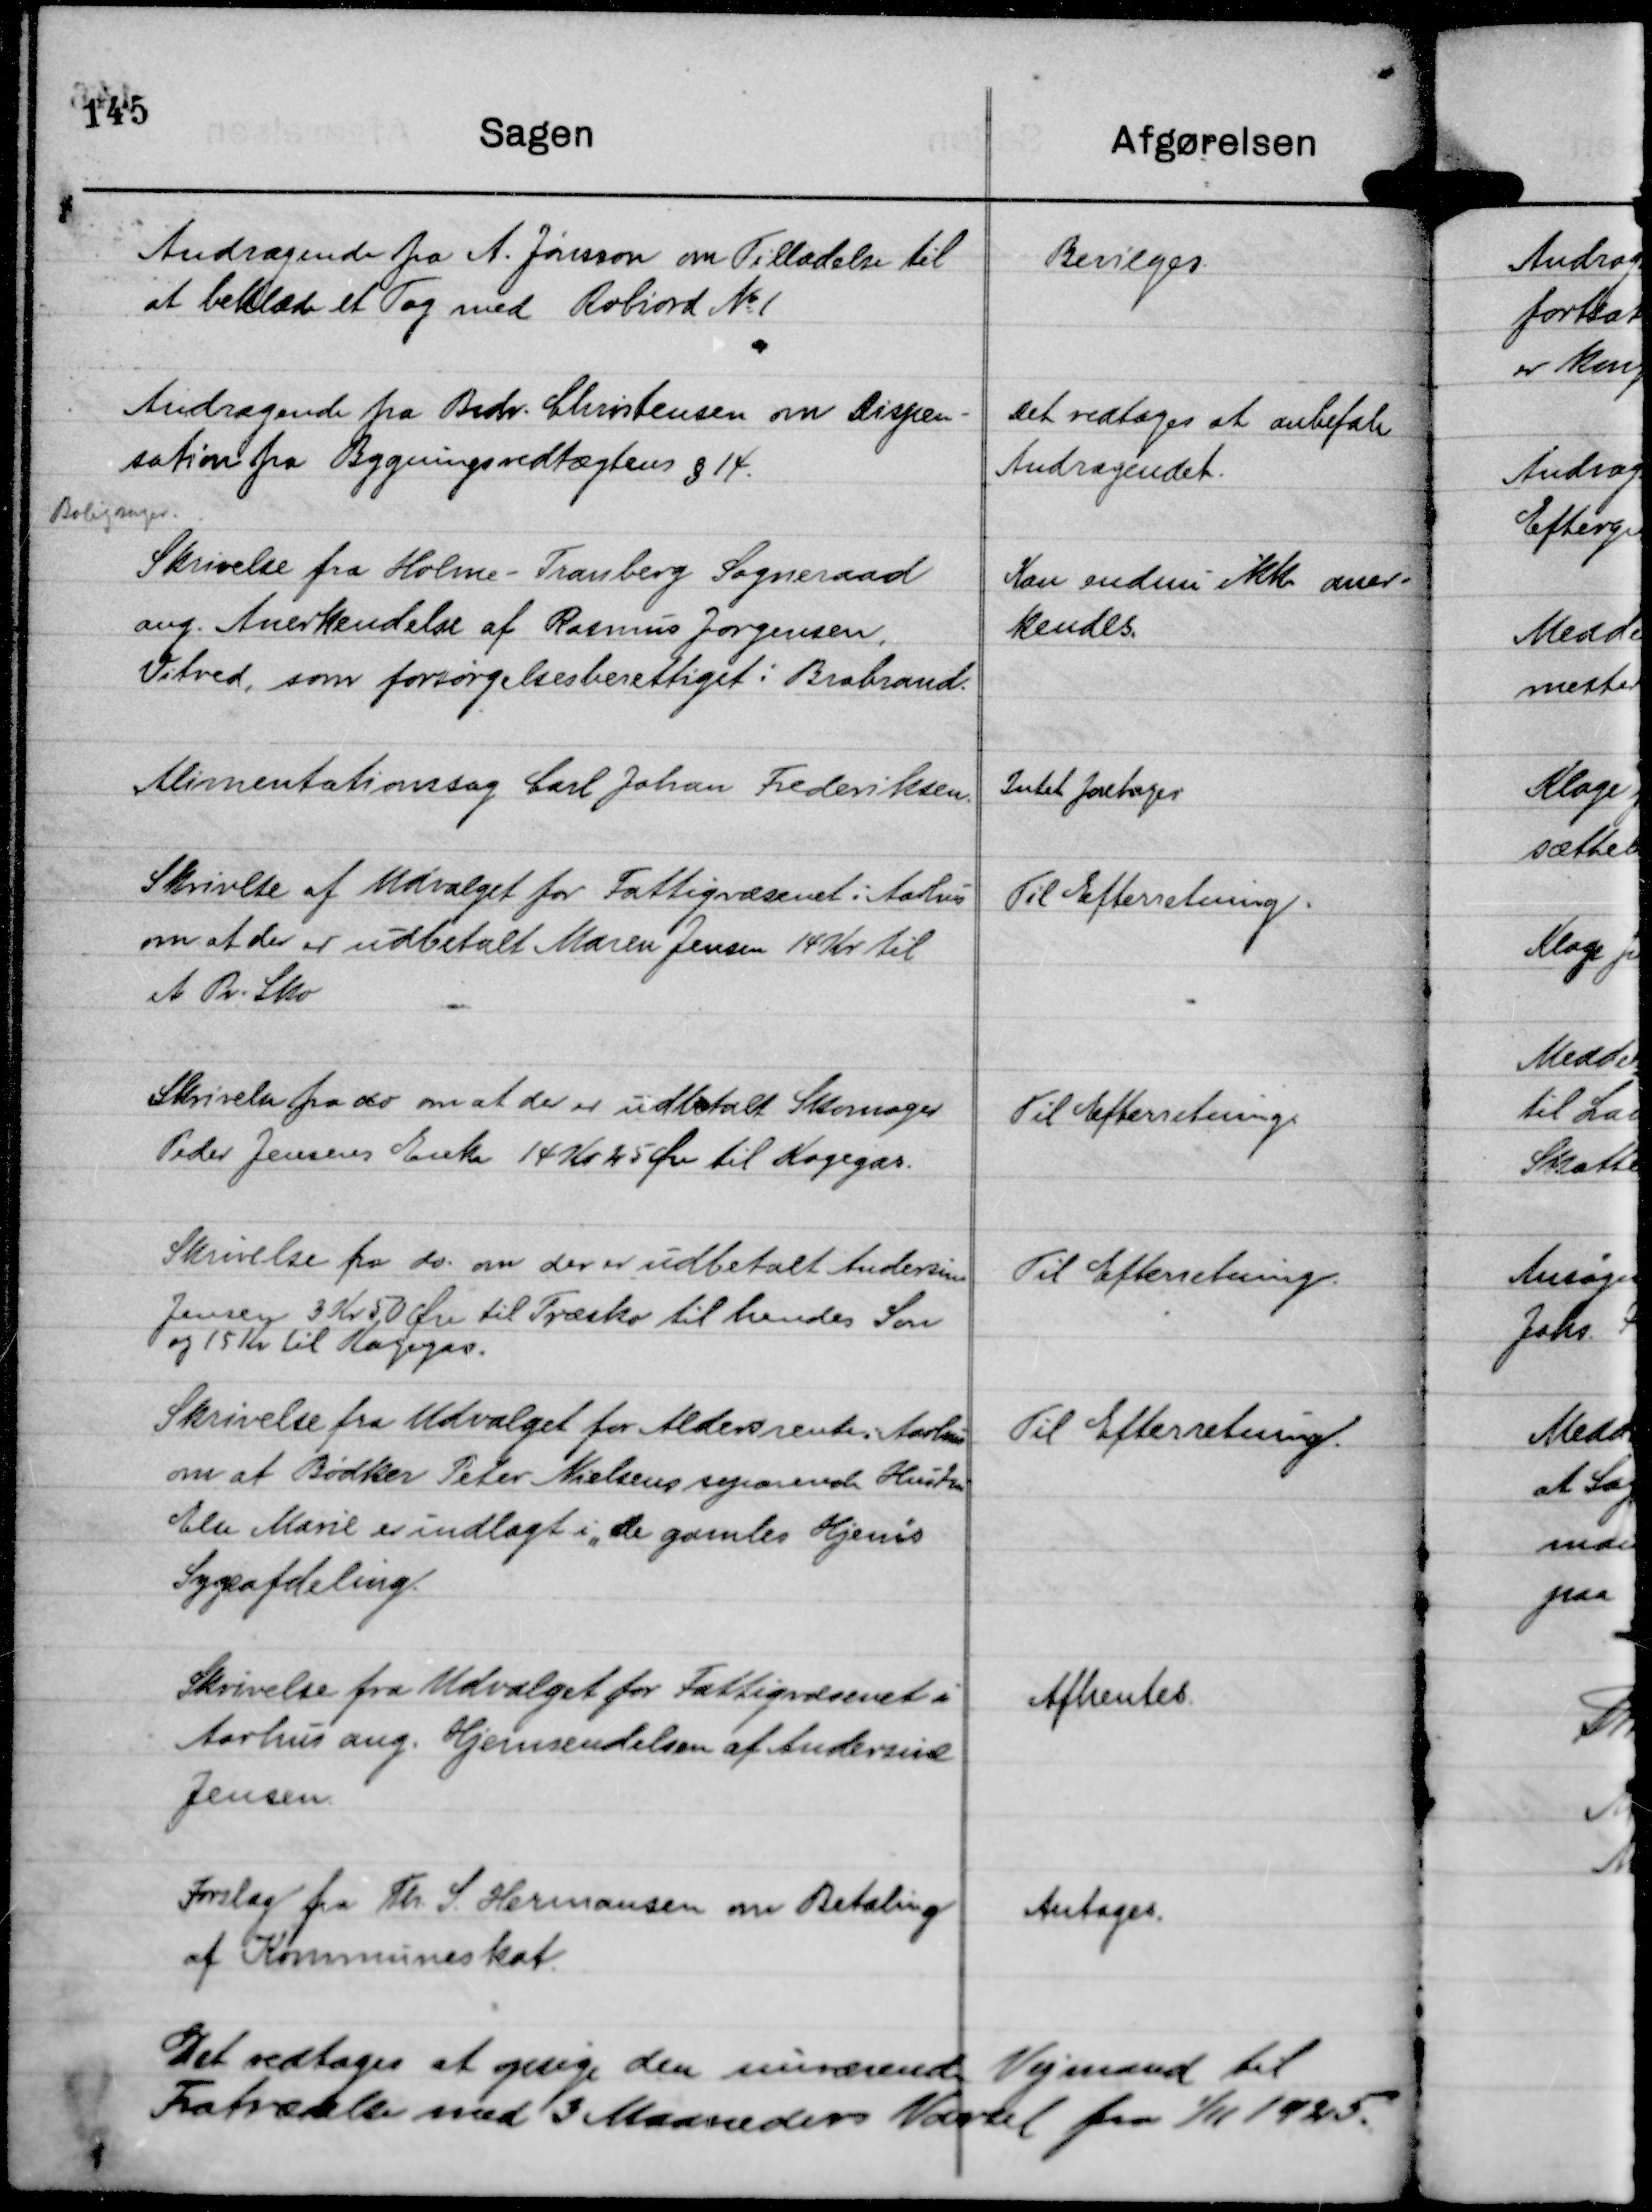
Transskription:
Andragende fra A. Jønsson om Tilladelse til
at beklæde et Tag med Robiord No 1

Bevilges.

Andragende fra Brdr. Christensen om Dispen-
sation fra Bygningsvedtægtens § 14.
Boligsager.

Det vedtoges at anbefale
Andragendet.

Skrivelse fra Holme - Tranberg Sogneraad
ang. Anerkendelse af Rasmus Jørgensen,
Vitved, som forsørgelsesberettiget i Brabrand.

Kan endnu ikke aner-
kendes.

Alimentationssag Carl Johan Frederiksen.

Intet foretages

Skrivelse af Udvalget for Fattigvæsenet i Aarhus
om at der er udbetalt Maren Jensen 14 Kr til
et Pr. Sko.

Til Efterretning.

Skrivelse fra do om at der er udbetalt Skomager
Peder Jensens Enke 14 Kr 25 Øre til Kogegas.

Til Efterretning

Skrivelse fra do. om der er udbetalt Andersine
Jensen 3 Kr 50 Øre til Træsko til hendes Søn
og 15 Kr til Kogegas.

Til Efterretning.

Skrivelse fra Udvalget for Aldersrente i Aarhus
om at Bødker Peder Nielsens separerede Hustru
Else Marie er indlagt i "De gamles Hjem's
Sygeafdeling.

Til Efterretning.

Skrivelse fra Udvalget for Fattigvæsenet i
Aarhus ang. Hjemsendelsen af Andersine
Jensen.

Afhentes.

Forslag fra Th. S. Hermansen om Betaling
af Kommuneskat.

Antages.

Det vedtages at opsige den nuværende Vejmand til
Fratrædelse med 3 Maaneders Varsel fra 1/11 1925.